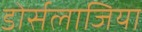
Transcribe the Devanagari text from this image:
डोर्सलाजिया